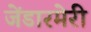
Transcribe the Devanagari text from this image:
जेंडारमेरी